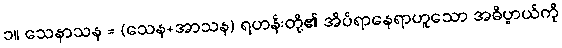
၁။ သေနာသန = (သေန+အာသန) ရဟန်းတို့၏ အိပ်ရာနေရာဟူသော အဓိပ္ပာယ်ကို